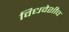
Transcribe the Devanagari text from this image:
विधवेशीच